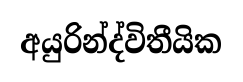
අයුරින්ද්විතීයික